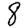
Digit: 8